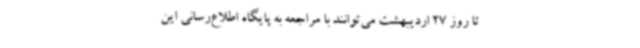
تا روز 27 اردیبهشت می‌توانند با مراجعه به پایگاه اطلاع‌رسانی این